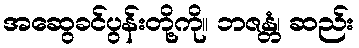
အဆွေခင်ပွန်းတို့ကို။ ဘဇန္တံ၊ ဆည်း